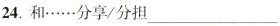
24.和……分享/分担___